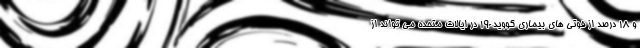
و ۱۸ درصد از فوتی های بیماری کووید-۱۹ در ایالات متحده می تواند از